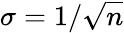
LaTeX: \sigma=1/{\sqrt{n}}